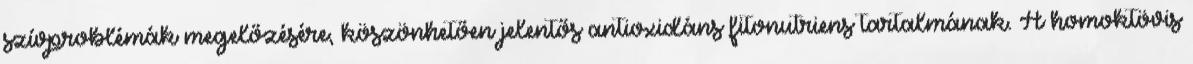
szívproblémák megelőzésére, köszönhetően jelentős antioxidáns fitonutriens tartalmának. A homoktövis